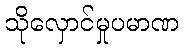
သိုလှောင်မှုပမာဏ